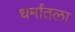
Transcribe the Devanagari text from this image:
धर्मांतला